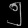
Digit: ၅